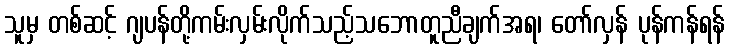
သူမှ တစ်ဆင့် ဂျပန်တို့ကမ်းလှမ်းလိုက်သည့်သဘောတူညီချက်အရ၊ တော်လှန် ပုန်ကန်ရန်